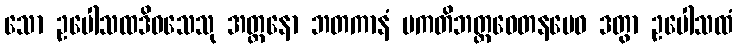
သော ဥပေါသထဒိဝသေသု အတ္တနော ဘတကာနံ ပကတိဘတ္တဝေတနမေဝ ဒတွာ ဥပေါသထံ